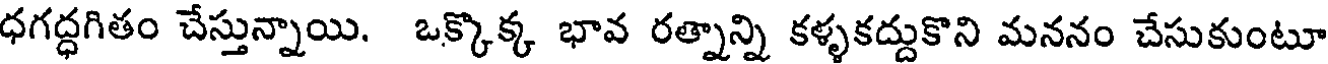
ధగద్ధగితం చేస్తున్నాయి. ఒక్కొక్క భావ రత్నాన్ని కళ్ళకద్దుకొని మననం చేసుకుంటూ